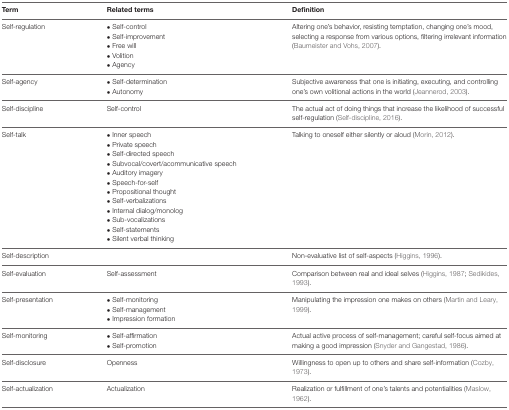
| Term | Related terms | Definition |
 | --- | --- | --- |
 | Self-regulation | • Self-control• Self-improvement• Free will• Volition• Agency | Altering one’s behavior, resisting temptation, changing one’s mood, selecting a response from various options, filtering irrelevant information (Baumeister and Vohs, 2007). |
 | Self-agency | • Self-determination• Autonomy | Subjective awareness that one is initiating, executing, and controlling one’s own volitional actions in the world (Jeannerod, 2003). |
 | Self-discipline | Self-control | The actual act of doing things that increase the likelihood of successful self-regulation (Self-discipline, 2016). |
 | Self-talk | • Inner speech• Private speech• Self-directed speech • Subvocal/covert/acommunicative speech• Auditory imagery• Speech-for-self• Propositional thought• Self-verbalizations• Internal dialog/monolog• Sub-vocalizations• Self-statements• Silent verbal thinking | Talking to oneself either silently or aloud (Morin, 2012). |
 | Self-description |  | Non-evaluative list of self-aspects (Higgins, 1996). |
 | Self-evaluation | Self-assessment | Comparison between real and ideal selves (Higgins, 1987; Sedikides, 1993). |
 | Self-presentation | • Self-monitoring• Self-management• Impression formation | Manipulating the impression one makes on others (Martin and Leary, 1999). |
 | Self-monitoring | • Self-affirmation• Self-promotion | Actual active process of self-management; careful self-focus aimed at making a good impression (Snyder and Gangestad, 1986). |
 | Self-disclosure | Openness | Willingness to open up to others and share self-information (Cozby, 1973). |
 | Self-actualization | Actualization | Realization or fulfillment of one’s talents and potentialities (Maslow, 1962). |